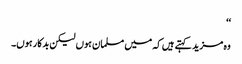
‘‘
وہ مزید کہتے ہیں کہ میں مسلمان ہوں لیکن بدکار ہوں۔